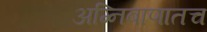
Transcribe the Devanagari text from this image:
अग्निबाणातच